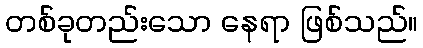
တစ်ခုတည်းသော နေရာ ဖြစ်သည်။